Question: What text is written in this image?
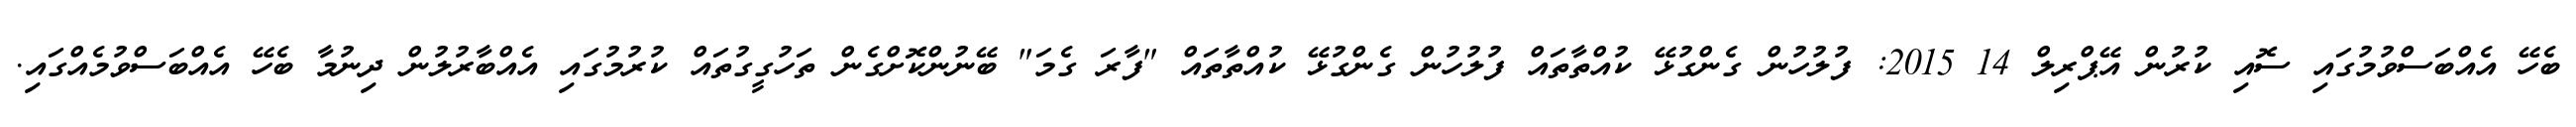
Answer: ބެހޭ އެއްބަސްވުމުގައި ސޮއި ކުރުން އޭޕްރިލް 14 2015: ފުލުހުން ގެންގުޅޭ ކުއްތާތައް ފުލުހުން ގެންގުޅޭ ކުއްތާތައް "ފާރަ ގެމަ" ބޭނުންކޮށްގެން ތަހުގީގުތައް ކުރުމުގައި އެއްބާރުލުން ދިނުމާ ބެހޭ އެއްބަސްވުމެއްގައި.